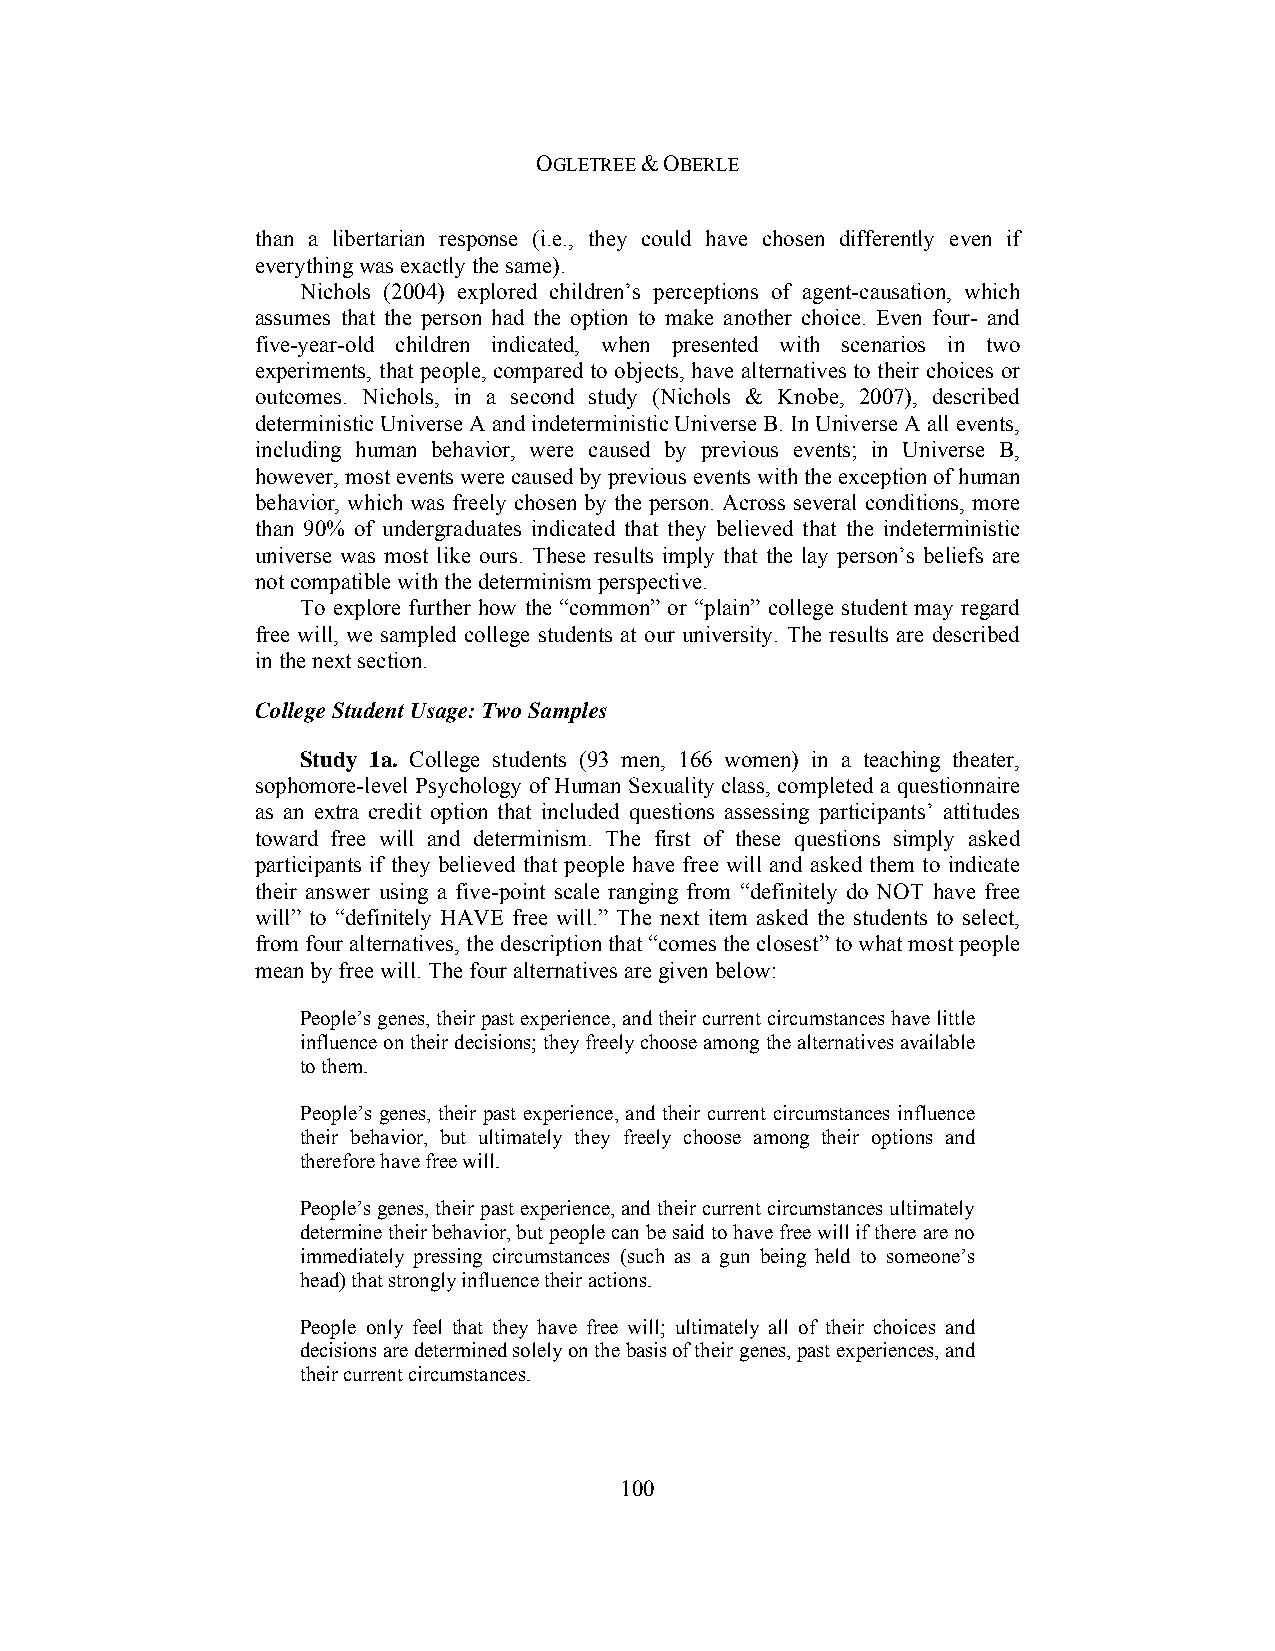
OGLETREE & OBERLE
 than a libertarian response (i.e., they could have chosen differently even if
 everything was exactly the same).
 Nichols (2004) explored children’s perceptions of agent-causation, which
 assumes that the person had the option to make another choice. Even four- and
 five-year-old children indicated, when presented with scenarios in two
 experiments, that people, compared to objects, have alternatives to their choices or
 outcomes. Nichols, in a second study (Nichols & Knobe, 2007), described
 deterministic Universe A and indeterministic Universe B. In Universe A all events,
 including human behavior, were caused by previous events; in Universe B,
 however, most events were caused by previous events with the exception of human
 behavior, which was freely chosen by the person. Across several conditions, more
 than 90% of undergraduates indicated that they believed that the indeterministic
 universe was most like ours. These results imply that the lay person’s beliefs are
 not compatible with the determinism perspective.
 To explore further how the “common” or “plain” college student may regard
 free will, we sampled college students at our university. The results are described
 in the next section.
 College Student Usage: Two Samples
 Study 1a. College students (93 men, 166 women) in a teaching theater,
 sophomore-level Psychology of Human Sexuality class, completed a questionnaire
 as an extra credit option that included questions assessing participants’ attitudes
 toward free will and determinism. The first of these questions simply asked
 participants if they believed that people have free will and asked them to indicate
 their answer using a five-point scale ranging from “definitely do NOT have free
 will” to “definitely HAVE free will.” The next item asked the students to select,
 from four alternatives, the description that “comes the closest” to what most people
 mean by free will. The four alternatives are given below:
 People’s genes, their past experience, and their current circumstances have little
 influence on their decisions; they freely choose among the alternatives available
 to them.
 People’s genes, their past experience, and their current circumstances influence
 their behavior, but ultimately they freely choose among their options and
 therefore have free will.
 People’s genes, their past experience, and their current circumstances ultimately
 determine their behavior, but people can be said to have free will if there are no
 immediately pressing circumstances (such as a gun being held to someone’s
 head) that strongly influence their actions.
 People only feel that they have free will; ultimately all of their choices and
 decisions are determined solely on the basis of their genes, past experiences, and
 their current circumstances.
 100